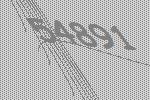
54891